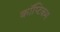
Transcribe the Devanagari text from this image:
कॉप्टिकम